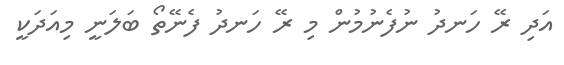
އަދި ރޭ ހަނދު ނުފެނުމުން މި ރޭ ހަނދު ފެނޭތޯ ބަލަނީ މިއަދަކީ